Annual report of the Camel Specialist
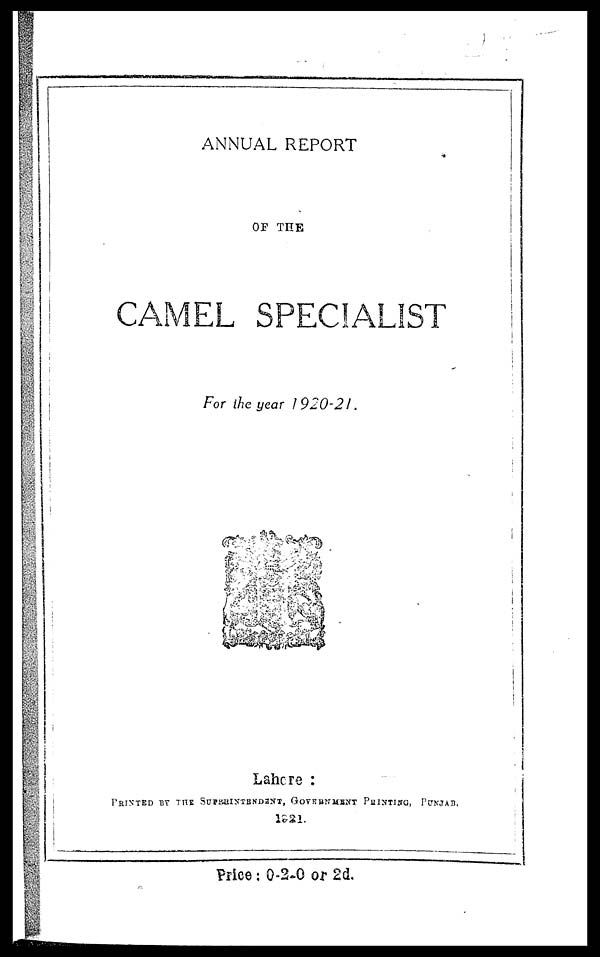
ANNUAL REPORT
OF THE
CAMEL SPECIALIST
For the year 1920-21.
Lahore :
PRINTED BY THE SUPERINTENDENT, GOVERNMENT PRINTING, PUNJAB.
1921.
Price: 0-2-0 or 2d.